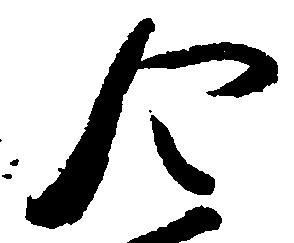
令